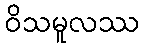
ဝိသမူလဿ